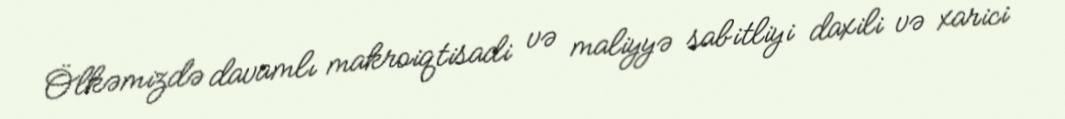
Ölkəmizdə davamlı makroiqtisadi və maliyyə sabitliyi daxili və xarici